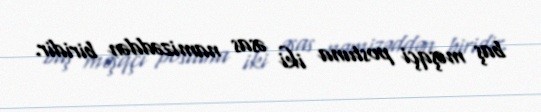
baş məşqçi postuna iki əsas namizəddən biridir.